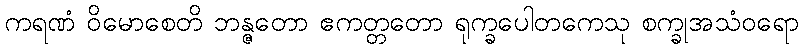
ကရဏံ ဝိမောစေတိ ဘန္ဇတော ဧကတ္တတော ရုက္ခပေါတကေသု စက္ခုအသံဝရော